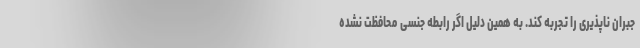
جبران ناپذیری را تجربه کند. به همین دلیل اگر رابطه جنسی محافظت نشده